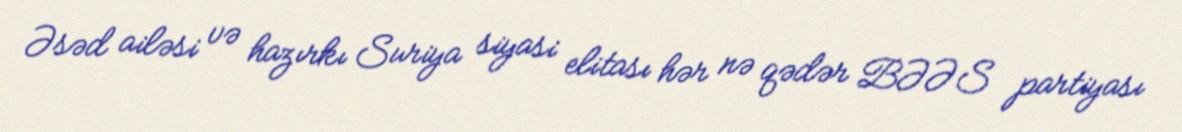
Əsəd ailəsi və hazırkı Suriya siyasi elitası hər nə qədər BƏƏS partiyası